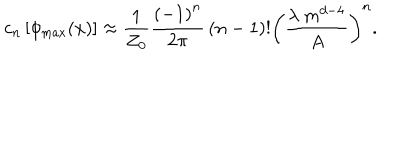
c _ { n } \left[ \phi _ { \mathrm { m a x } } ( x ) \right] \approx { \frac { 1 } { Z _ { 0 } } } { \frac { \left( - 1 \right) ^ { n } } { 2 \pi } } \left( n - 1 \right) ! \left( { \frac { \lambda \ m ^ { d - 4 } } { A } } \right) ^ { n } .